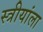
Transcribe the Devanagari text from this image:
स्त्रीयांला